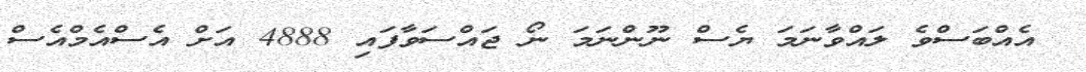
އެއްބަސްވެ ލައްވާނަމަ ޔެސް ނޫންނަމަ ނޯ ޖައްސަވާފައި 4888 އަށް އެސްއެމްއެސް